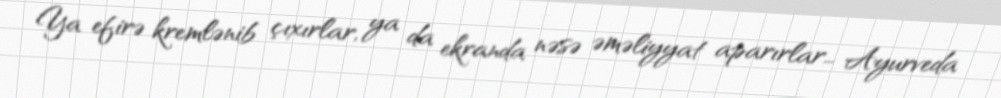
Ya efirə kremlənib çıxırlar, ya da ekranda nəsə əməliyyat aparırlar… Ayurveda